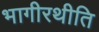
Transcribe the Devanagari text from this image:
भागीरथीति